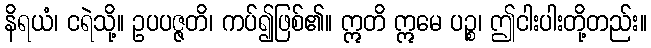
နိရယံ၊ ငရဲသို့။ ဥပပဇ္ဇတိ၊ ကပ်၍ဖြစ်၏။ ဣတိ ဣမေ ပဉ္စ၊ ဤငါးပါးတို့တည်း။